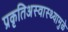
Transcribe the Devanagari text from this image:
प्रकृतिअस्वास्थ्यामुळे